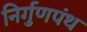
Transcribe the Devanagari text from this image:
निर्गुणपंथ